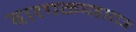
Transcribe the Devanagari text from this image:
बारगळमहाराज